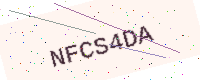
Text: NFCS4DA